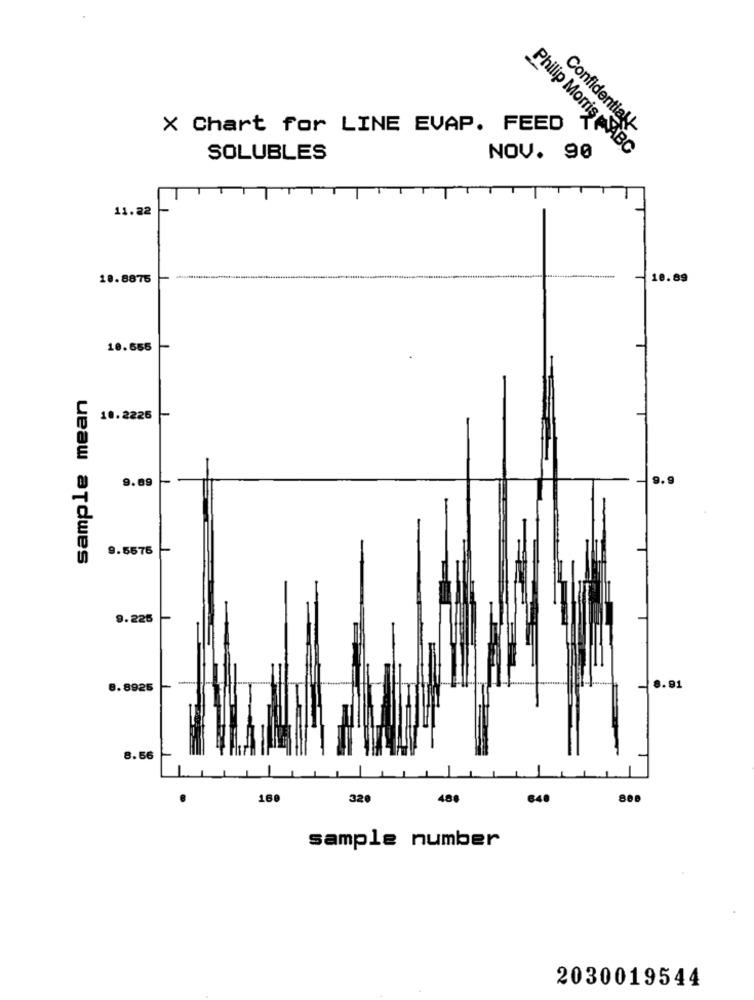
X Chart for LINE EVAP. FEED T
Confidential !-
SOLUBLES
NOV. 90
Philip Morris ABC
11.22
18.8875
10.89
10.655
sample mean
10.2225
9.89
9.5576 -
9.225
8.8925
8.91
8.56
168
320
488
648
sample number
2030019544